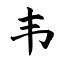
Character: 韦